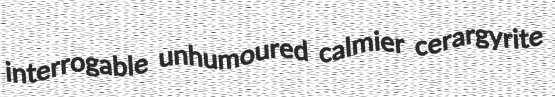
interrogable unhumoured calmier cerargyrite